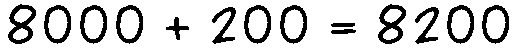
8000 + 200 = 8200